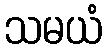
သမယံ